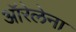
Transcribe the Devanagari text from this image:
ऑरेलेना